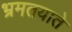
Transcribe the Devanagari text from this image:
भ्रमतयाते